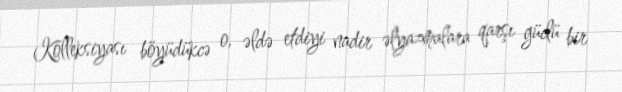
Kolleksiyası böyüdükcə o, əldə etdiyi nadir əlyazmalara qarşı güclü bir